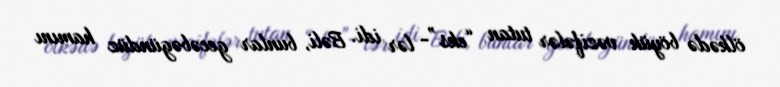
ölkədə böyük vəzifələr tutan “eks”- lər idi. Bəli, bunlar gecəbəgündüz hamını